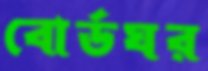
বোর্ডঘর